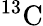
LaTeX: {}^{13}\mathrm{C}